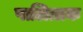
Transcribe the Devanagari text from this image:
पालित्तक